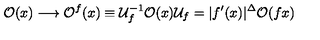
{ \cal O } ( x ) \longrightarrow { \cal O } ^ { f } ( x ) \equiv { \cal U } _ { f } ^ { - 1 } { \cal O } ( x ) { \cal U } _ { f } = | f ^ { \prime } ( x ) | ^ { \Delta } { \cal O } ( f x )